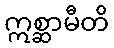
ဣစ္ဆာမီတိ